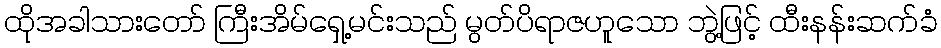
ထိုအခါသားတော် ကြီးအိမ်ရှေ့မင်းသည် မွတ်ပိရာဇဟူသော ဘွဲ့ဖြင့် ထီးနန်းဆက်ခံ